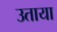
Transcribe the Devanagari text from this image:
उताया